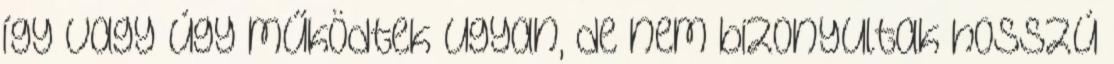
így vagy úgy működtek ugyan, de nem bizonyultak hosszú